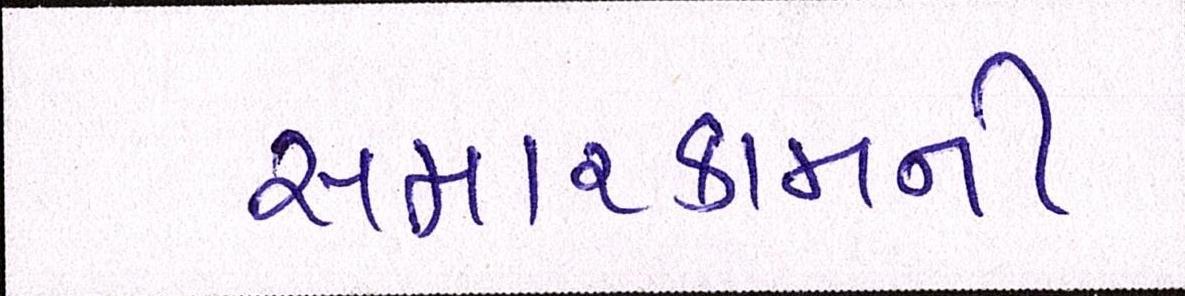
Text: સમારકામની